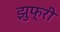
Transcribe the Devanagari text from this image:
झुफ्री